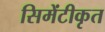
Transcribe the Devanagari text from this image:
सिमेंटीकृत